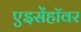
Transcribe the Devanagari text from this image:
एइसेंहॉवर